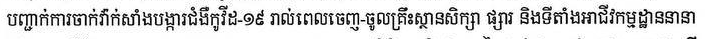
បញ្ជាក់ការចាក់វ៉ាក់សាំងបង្ការជំងឺកូវីដ-១៩ រាល់ពេលចេញ-ចូលគ្រឹះស្ថានសិក្សា ផ្សារ និងទីតាំងអាជីវកម្មដ្ឋាននានា